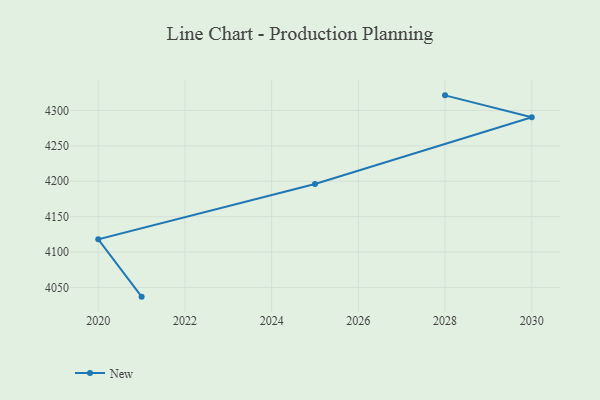
{"axis": {"x": "Year", "y": "Active Users"}, "legend": ["New"], "data": [{"x": "2021", "y": 4037.0, "type": "New"}, {"x": "2020", "y": 4118.1, "type": "New"}, {"x": "2025", "y": 4196.1, "type": "New"}, {"x": "2030", "y": 4290.4, "type": "New"}, {"x": "2028", "y": 4321.3, "type": "New"}]}